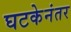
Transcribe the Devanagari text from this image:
घटकेनंतर